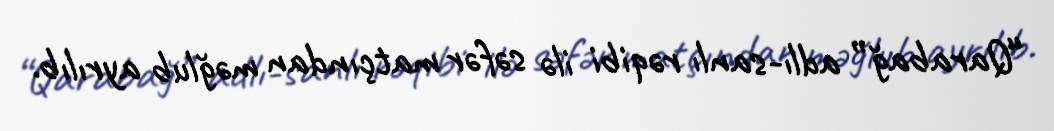
“Qarabağ” adlı-sanlı rəqibi ilə səfər matçından məğlub ayrılıb.